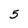
Character: 5